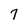
Character: 7